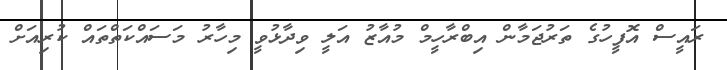
ރައީސް އޮފީހުގެ ތަރުޖަމާން އިބްރާހީމް މުއާޒު އަލީ ވިދާޅުވީ މިހާރު މަސައްކަތްތައް ކުރިއަށް